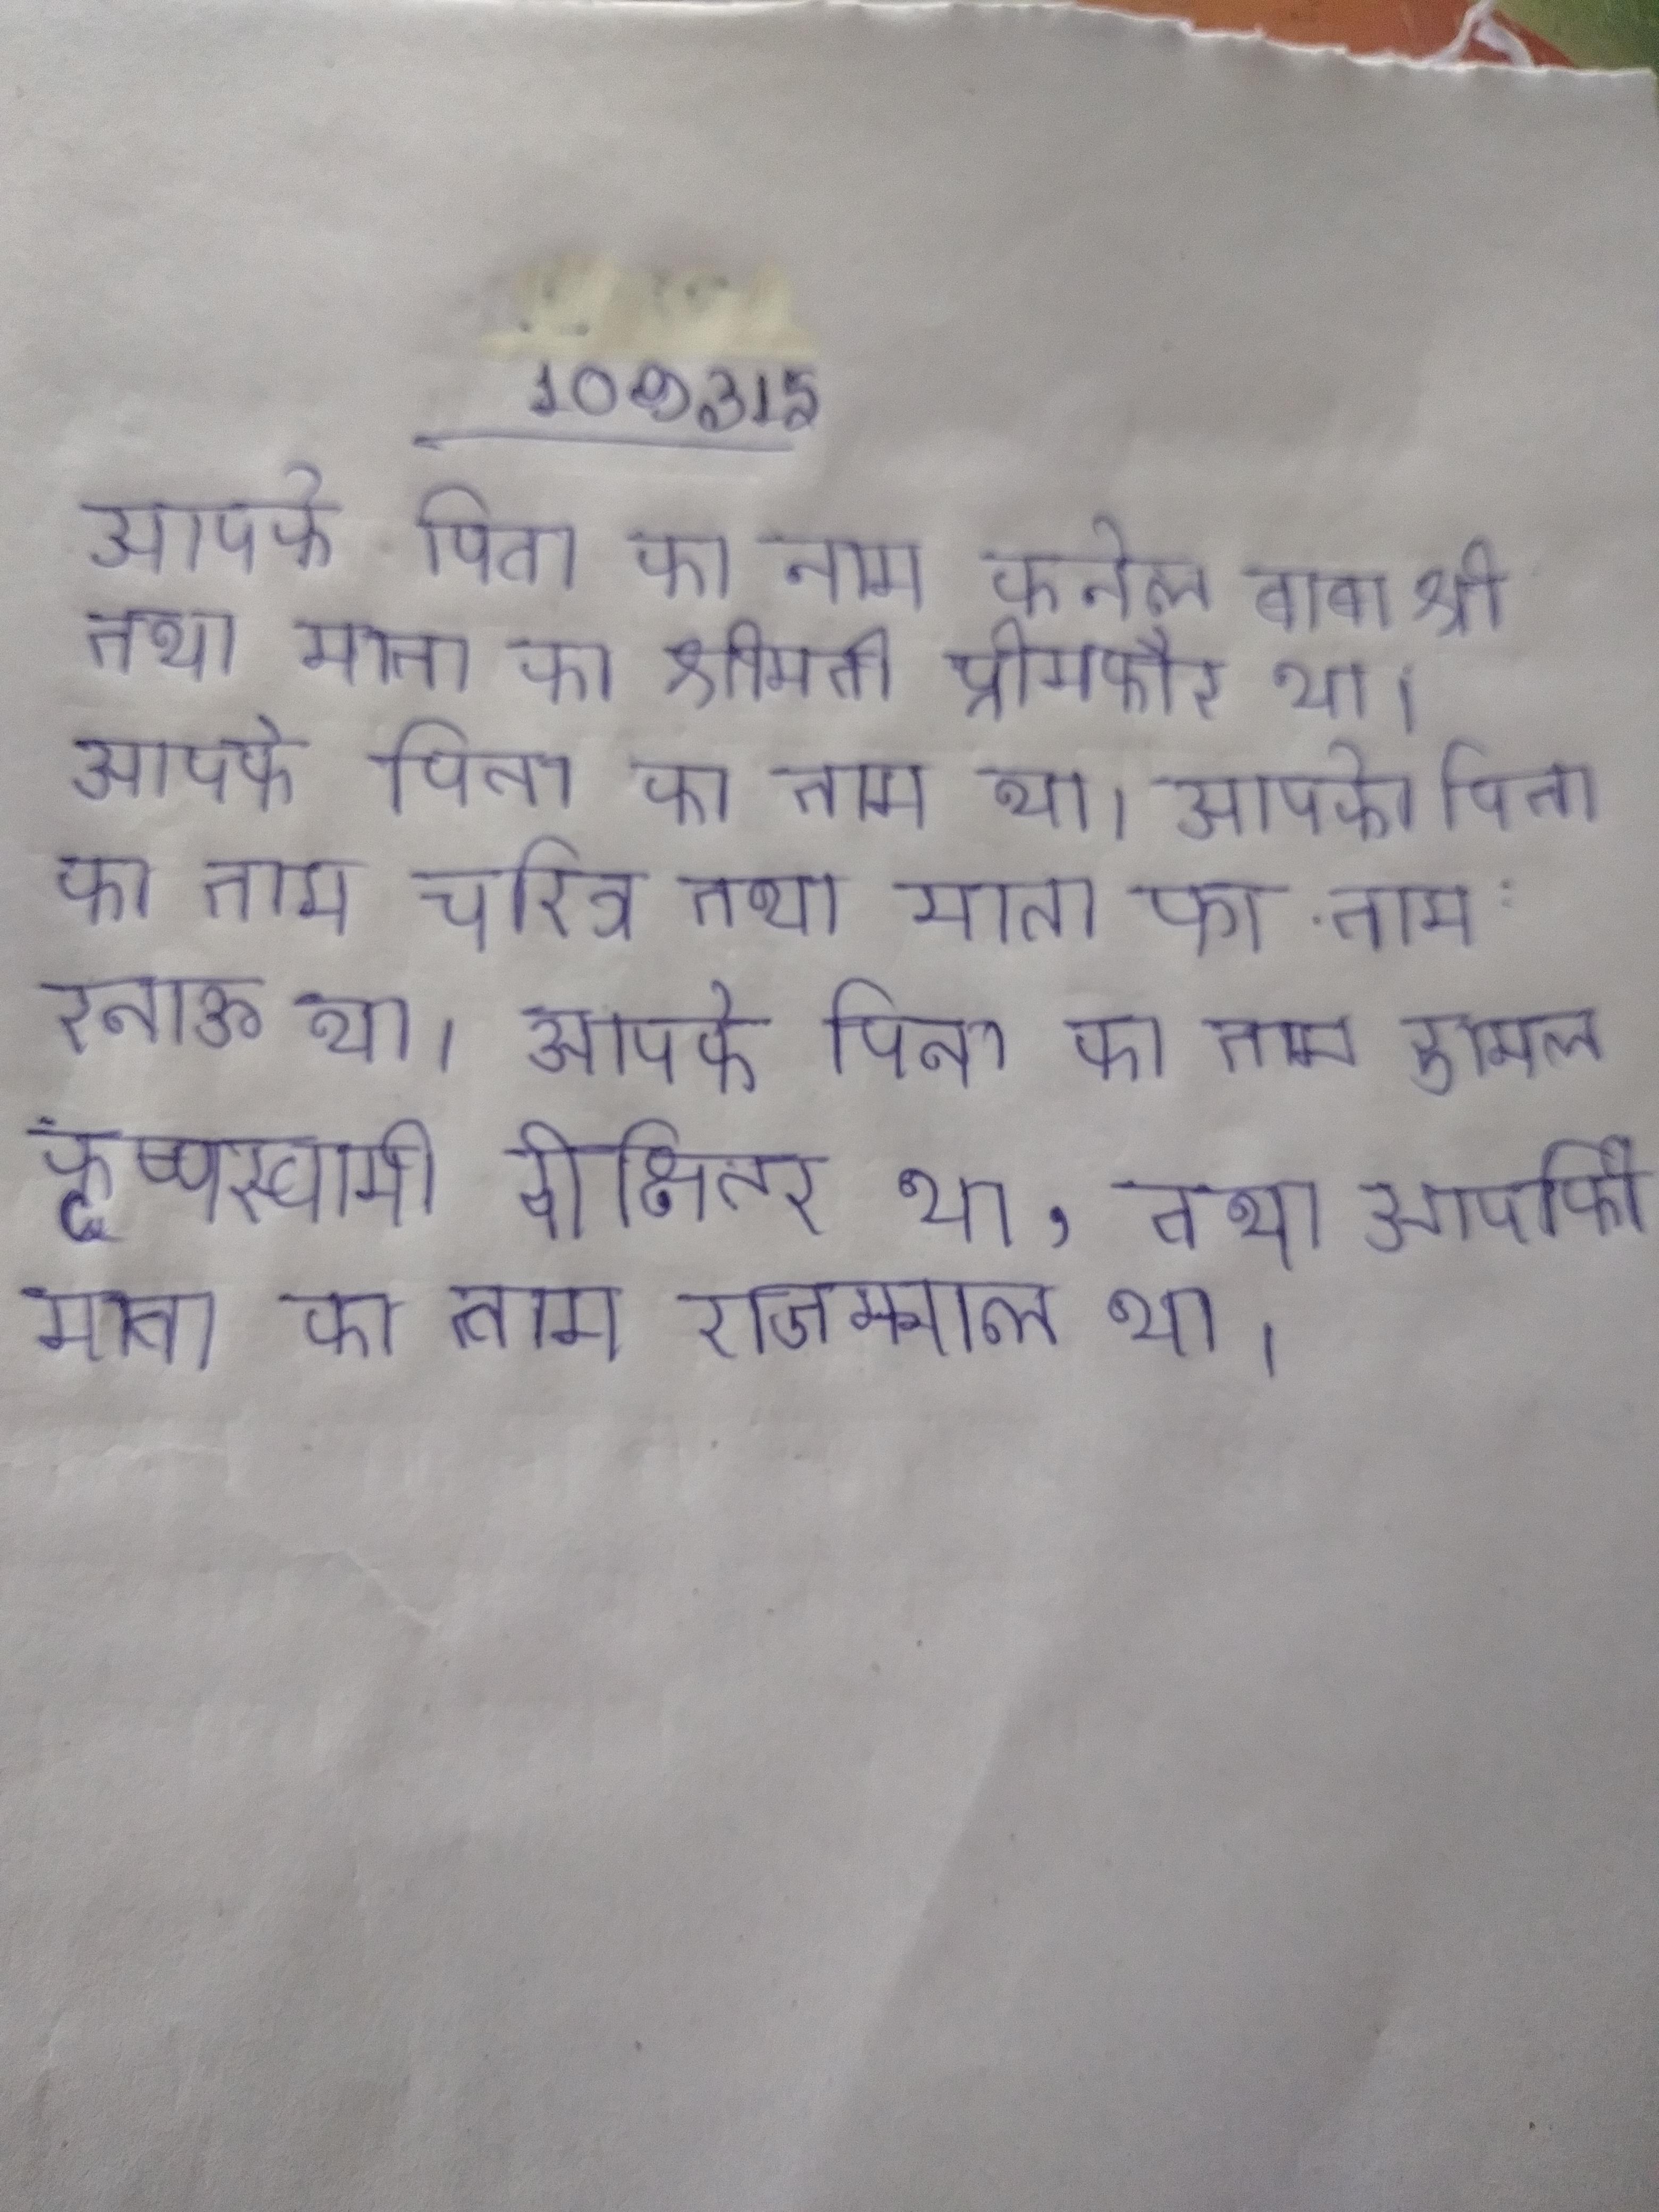
आपके पिता का नाम कर्नल बाबा श्री तथा माता का श्रीमती प्रेमकौर था । आपके पिता का नाम था । आपके पिता का नाम चरित्र तथा माता का नाम रताऊ था । आपके पिता का नाम डामल कृष्णस्वामी दीक्षितर था, तथा आपकी माता का नाम राजम्माल था ।